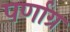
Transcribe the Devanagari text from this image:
पर्णाग्र